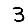
Digit: 3